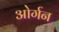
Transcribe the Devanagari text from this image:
ओर्गन